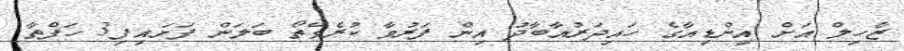
ޒާހިލް އަށް އިންޑިއާގެ ހައިދަރުއާބާދު އިން ފަރުވާ ކުރެވޭތޯ ބަލަން ފަށައިފި3 ހަފްތާ